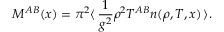
{ \cal M } ^ { A B } ( x ) = \pi ^ { 2 } \langle \, \frac { 1 } { g ^ { 2 } } \rho ^ { 2 } T ^ { A B } n ( \rho , T , x ) \, \rangle .